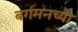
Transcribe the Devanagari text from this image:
बर्गमनच्या